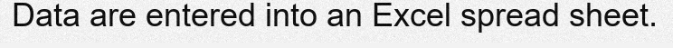
Data are entered into an Excel spread sheet.